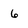
Character: 6